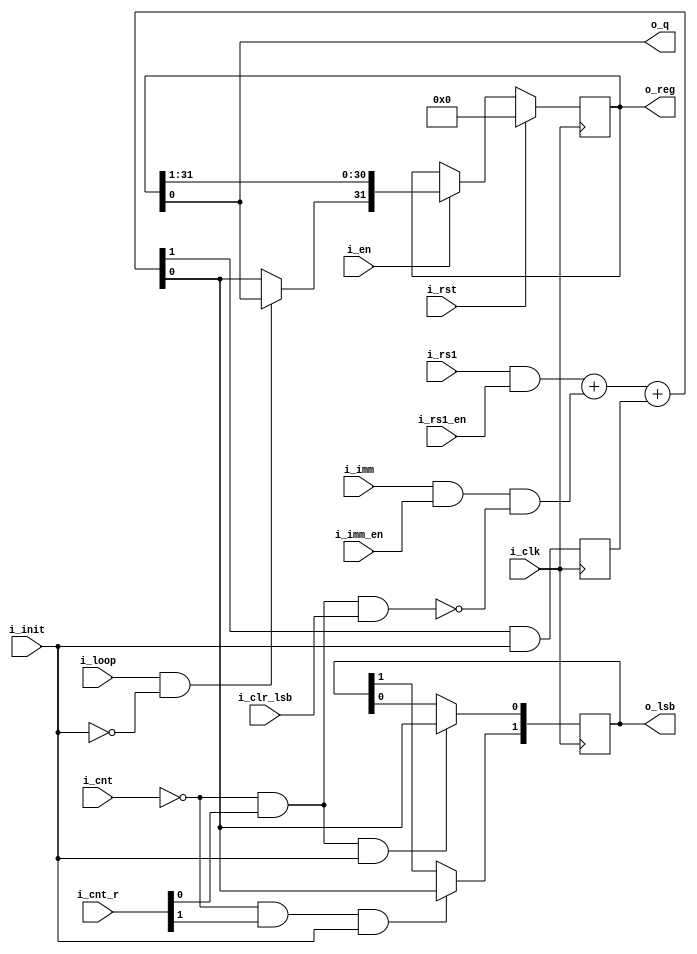
module serv_bufreg
  (
   input wire 	      i_clk,
   input wire 	      i_rst,
   input wire [4:2]   i_cnt,
   input wire [1:0]   i_cnt_r,
   input wire 	      i_en,
   input wire 	      i_init,
   input wire 	      i_loop,
   input wire 	      i_rs1,
   input wire 	      i_rs1_en,
   input wire 	      i_imm,
   input wire 	      i_imm_en,
   input wire 	      i_clr_lsb,
   output reg [1:0]   o_lsb,
   output wire [31:0] o_reg,
   output wire 	      o_q);

   wire 	      c, q;
   reg 		      c_r;
   reg [31:0] 	      data;

   wire 	      clr_lsb = (i_cnt[4:2] == 3'd0) & i_cnt_r[0] & i_clr_lsb;

   assign {c,q} = {1'b0,(i_rs1 & i_rs1_en)} + {1'b0,(i_imm & i_imm_en & !clr_lsb)} + c_r;

   always @(posedge i_clk) begin
      //Clear carry when not in INIT state
      c_r <= c & i_init;

      if (i_rst)
	data <= 32'd0;
      else if (i_en)
	data <= {(i_loop & !i_init) ? o_q : q, data[31:1]};

      if ((i_cnt[4:2] == 3'd0) & i_cnt_r[0] & i_init)
	o_lsb[0] <= q;
      if ((i_cnt[4:2] == 3'd0) & i_cnt_r[1] & i_init)
	o_lsb[1] <= q;
   end

   assign o_q = data[0];
   assign o_reg = data;

endmodule